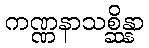
ကဏ္ဏနာသစ္ဆိန္နာ